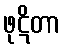
ဖုဋိတာ